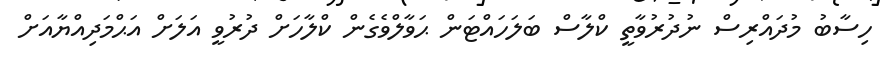
ހިސާބު މުދައްރިސް ނުދުރުވާތީ ކްލާސް ބަލަހައްޓަން ޙަވާލްވެގެން ކްލާހަށް ދުރުވީ އަލަށް އަޙްމަދިއްޔާއަށް